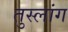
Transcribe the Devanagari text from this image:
तुस्‍लांग